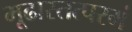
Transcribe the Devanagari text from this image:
मूढास्तत्परमं